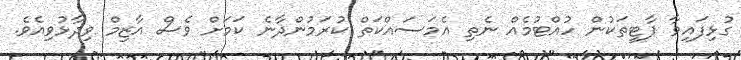
ގުޅިފައިވާ ޕާޓީތަކުން ހުއްޓުމެއް ނެތި އެމަސައްކަތް ކުރަމުންދާނެ ކަމަށް ވެސް އާޒިމް ވިދާޅުވިއެވެ.